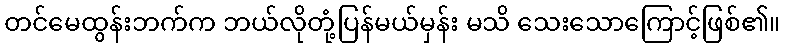
တင်မေထွန်းဘက်က ဘယ်လိုတုံ့ပြန်မယ်မှန်း မသိ သေးသောကြောင့်ဖြစ်၏။